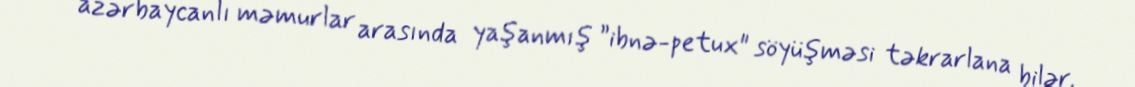
azərbaycanlı məmurlar arasında yaşanmış ”ibnə-petux" söyüşməsi təkrarlana bilər.